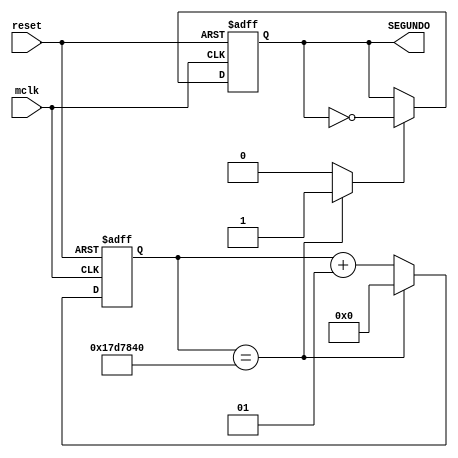
/*-- Contador de un Segundo para utilizar la seal de reloj
-- de la tarjeta Intel de 50 MHz
-- El circuito es configurable empleando el valor de CUENTA
-- UTILIZA DOS PROCESOS
-- P0: Realiza el conteo hasta llegar a CUENTA y genera un RCO
-- P1: Con RCO se habilita un flip-flop que conmuta de estado (toggle)
-- de manera sincrona. El RCO opera como seal de habilitacion
*/

module cont_1s
	(
		input mclk, reset,
		output reg SEGUNDO
		//output integer conteo,
		//output RCO
  	);

  localparam CUENTA= 25000000; // 32b'00000001011111010111100001000000
  integer conteo;
  wire w1; 
  always@ (negedge reset, posedge mclk)
	begin
	   if (reset == 1'b0 ) conteo <= 0;
	   else
				if (conteo == CUENTA) conteo <=0; //opcion 1
				//if (~|(conteo ^ CUENTA)) conteo <=0; //opcion 2
				else conteo <= conteo + 1;
		end
	assign w1 = (conteo == CUENTA) ? 1'b1 : 1'b0 ; //opcion 1	
	//assign w1 = ~|(conteo ^ CUENTA) ? 1'b1 : 1'b0 ;	//opcion 2
	
	
	always@(negedge reset, posedge mclk)
	begin
		if(reset == 1'b0) SEGUNDO <= 1'b0;
		else 
			if (w1) SEGUNDO <= ~(SEGUNDO);
			else    SEGUNDO <= SEGUNDO;
	end
	
	//assign RCO = w1;  // Ripple Carry Output
	
	endmodule